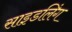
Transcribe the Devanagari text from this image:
साइडलिंग